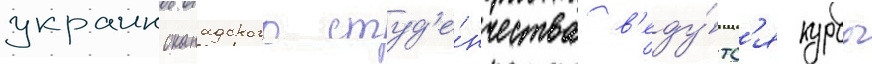
украиноканадского студ'е́нчества в'еду́тс'я курсы